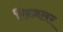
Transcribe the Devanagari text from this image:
रिन्ज़लर